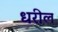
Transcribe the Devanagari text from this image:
धरील